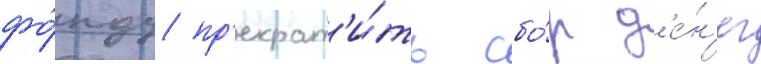
фо́нду пр'екрат'и́ть сбо́р д'е́н'ег